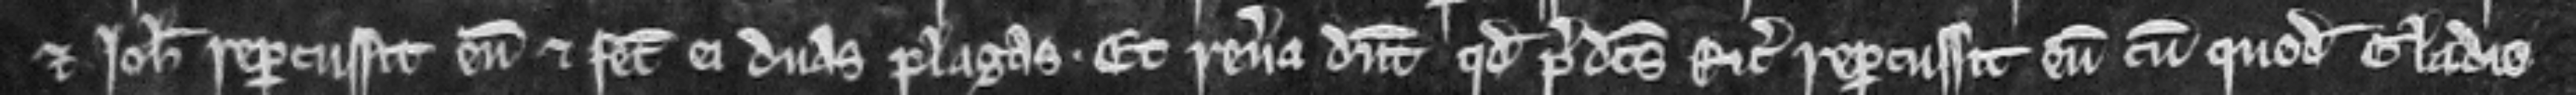
et Johannes repercussit eum et fecit ei duas plagas. Et revera dicunt quod predictus Ricardus repercussit eum cum quodam gladio